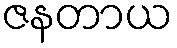
ဇနတာယ